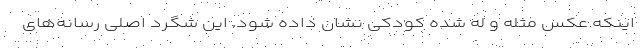
اینکه عکس مُثله و له شده کودکی نشان داده شود. این شگرد اصلی رسانه‌های